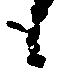
候